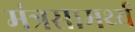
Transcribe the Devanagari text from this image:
मंत्रसामर्थ्य